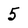
Character: 5